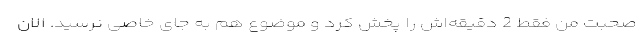
صحبت من فقط 2 دقیقه‌اش را پخش کرد و موضوع هم به جای خاصی نرسید. الان